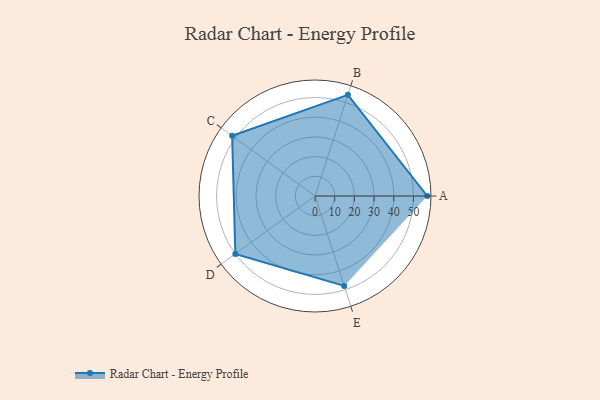
{"axis": {"x": "Skill", "y": "Score"}, "legend": ["Profile"], "data": [{"x": "A", "y": 57.0, "type": "Profile"}, {"x": "B", "y": 54.0, "type": "Profile"}, {"x": "C", "y": 52.0, "type": "Profile"}, {"x": "D", "y": 50.0, "type": "Profile"}, {"x": "E", "y": 48.0, "type": "Profile"}]}